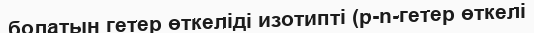
болатын гетер өткеліді изотипті (p-n-гетер өткелі